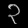
Digit: ၃